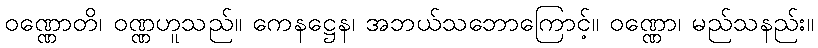
ဝဏ္ဏောတိ၊ ဝဏ္ဏဟူသည်။ ကေနဋ္ဌေန၊ အဘယ်သဘောကြောင့်။ ဝဏ္ဏော၊ မည်သနည်း။